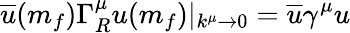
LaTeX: \overline{{{u}}}(m_{f})\Gamma_{R}^{\mu}u(m_{f})|_{k^{\mu}\rightarrow 0}=\overline{{{u}}}\gamma^{\mu}u